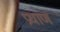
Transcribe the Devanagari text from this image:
प्रधाण